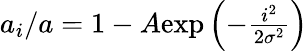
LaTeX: \begin{array}{r}{a_{i}/a=1-A\mathrm{exp}\left({-\frac{i^{2}}{2\sigma^{2}}}\right)}\end{array}